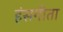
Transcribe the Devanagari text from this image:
हंसगीता